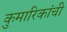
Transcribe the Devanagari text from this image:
कुमारिकांची